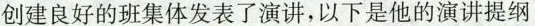
创建良好的班集体发表了演讲，以下是他的演讲提纲